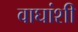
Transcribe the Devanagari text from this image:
वाघांशी